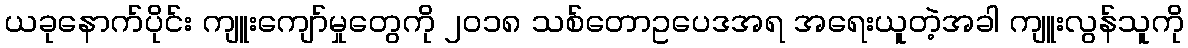
ယခုနောက်ပိုင်း ကျူးကျော်မှုတွေကို ၂၀၁၈ သစ်တောဥပေဒအရ အရေးယူတဲ့အခါ ကျူးလွန်သူကို